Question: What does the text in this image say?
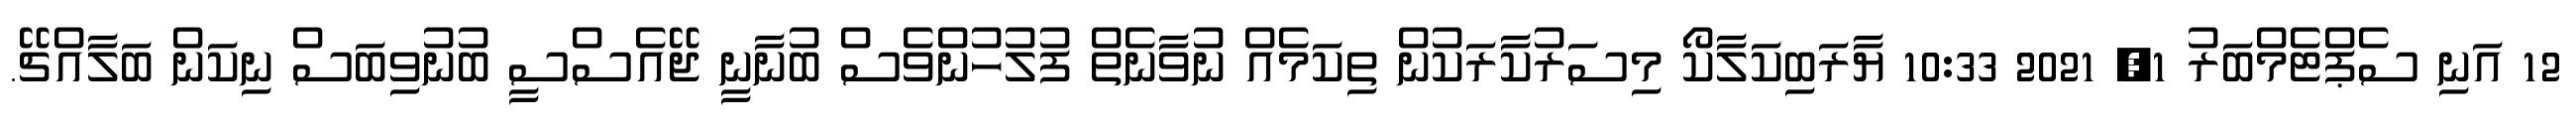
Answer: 12 އަނި ސެޕްޓެމްބަރު 1, 2021 10:33 ޔާރަބިކަލާކޯ މިސަރުކާރަކުން ތިކަމެއް ނުވާނެތް ފުލުހުންވެސް ބުނާނީ ޖޭއެސްސީ ބުނުވިބަސް ނިކަން ބަލާއްޗޭ.